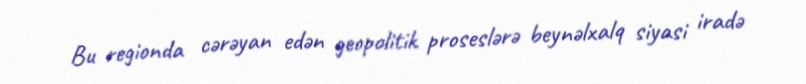
Bu regionda cərəyan edən geopolitik proseslərə beynəlxalq siyasi iradə